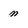
Character: n